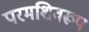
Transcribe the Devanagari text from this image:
परमशिवरूप